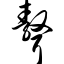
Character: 聱